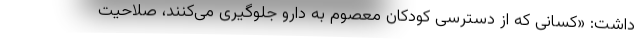
داشت: «کسانی که از دسترسی کودکان معصوم به دارو جلوگیری می‌کنند، صلاحیت